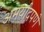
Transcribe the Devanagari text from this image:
अमर्यादपणे